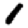
Digit: 1